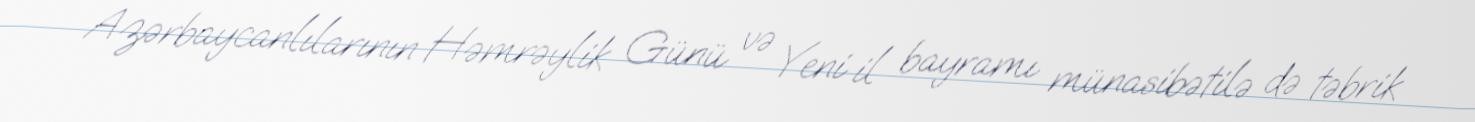
Azərbaycanlılarının Həmrəylik Günü və Yeni il bayramı münasibətilə də təbrik